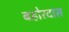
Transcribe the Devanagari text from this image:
बहोरदास